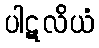
ပါဋလိယံ